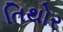
તિથોર